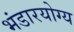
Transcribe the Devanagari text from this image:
भंडारयोग्य